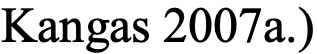
Kangas 2007a.)